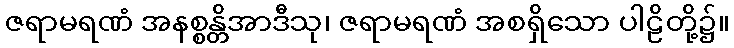
ဇရာမရဏံ အနစ္စန္တိအာဒီသု၊ ဇရာမရဏံ အစရှိသော ပါဠိတို့၌။